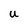
Character: U